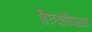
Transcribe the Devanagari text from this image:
हिरव्यापिवळ्या